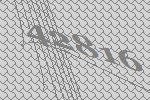
42816